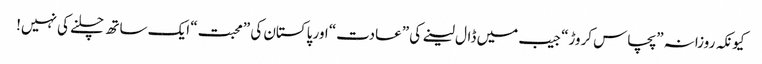
کیونکہ روزانہ ”پچاس کروڑ“ جیب میں ڈال لینے کی ”عادت“ اور پاکستان کی ”محبت“ ایک ساتھ چلنے کی نہیں!